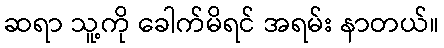
ဆရာ သူ့ကို ခေါက်မိရင် အရမ်း နာတယ်။